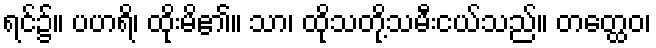
ရင်၌။ ပဟရိ၊ ထိုးမိ၏။ သာ၊ ထိုသတို့သမီးငယ်သည်။ တတ္ထေဝ၊